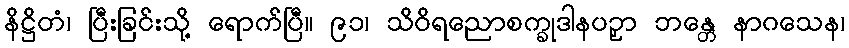
နိဋ္ဌိတံ၊ ပြီးခြင်းသို့ ရောက်ပြီ။ ၉၁၊ သိဝိရညောစက္ခုဒါနပဉှာ ဘန္တေ နာဂသေန၊